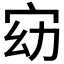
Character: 𫳀